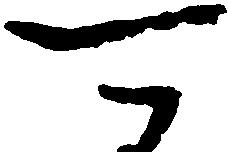
可